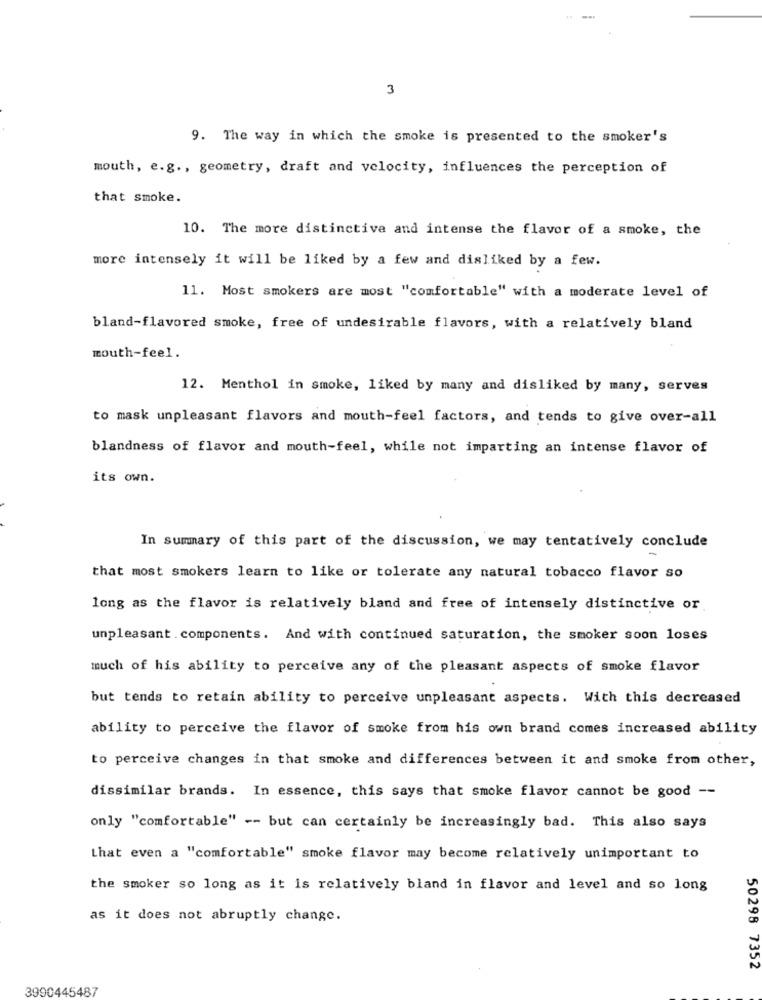
3
9. The way in which the smoke is presented to the smoker's
mouth, e.g ., geometry, draft and velocity, influences the perception of
that smoke.
10. The more distinctive and intense the flavor of a smoke, the
more intensely it will be liked by a few and disliked by a few.
11. Most smokers are most "comfortable" with a moderate level of
bland-flavored smoke, free of undesirable flavors, with a relatively bland
mouth-feel.
12. Menthol in smoke, liked by many and disliked by many, serves
to mask unpleasant flavors and mouth-feel factors, and tends to give over-all
blandness of flavor and mouth-feel, while not imparting an intense flavor of
its own.
In summary of this part of the discussion, we may tentatively conclude
that most smokers learn to like or tolerate any natural tobacco flavor so
long as the flavor is relatively bland and free of intensely distinctive or
unpleasant . components. And with continued saturation, the smoker soon loses
much of his ability to perceive any of the pleasant aspects of smoke flavor
but tends to retain ability to perceive unpleasant aspects. With this decreased
ability to perceive the flavor of smoke from his own brand comes increased ability
to perceive changes in that smoke and differences between it and smoke from other,
dissimilar brands. In essence, this says that smoke flavor cannot be good --
only "comfortable" -- but can certainly be increasingly bad. This also says
that even a "comfortable" smoke flavor may become relatively unimportant to
the smoker so long as it is relatively bland in flavor and level and so long
as it does not abruptly change.
50298 7352
3990445487